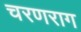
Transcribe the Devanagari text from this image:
चरणराग